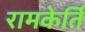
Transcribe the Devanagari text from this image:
रामकेर्ति